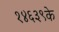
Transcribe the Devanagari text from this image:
१४६३९के